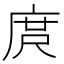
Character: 庹